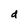
Character: d